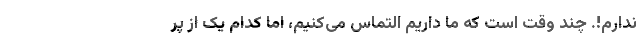
ندارم!. چند وقت است که ما داریم التماس می‌کنیم، اما کدام یک از پر